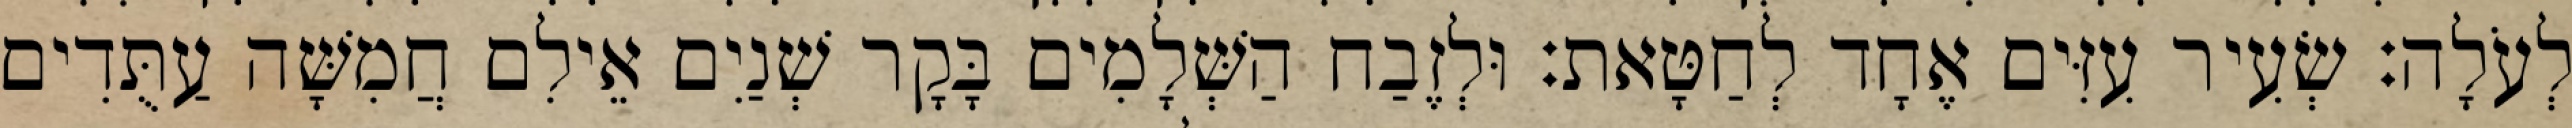
לְעֹלָה׃ שְׂעִיר עִזִּים אֶחָד לְחַטָּאת׃ וּלְזֶבַח הַשְּׁלָמִים בָּקָר שְׁנַיִם אֵילִם חֲמִשָּׁה עַתֻּדִים